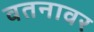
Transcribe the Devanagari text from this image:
वतनावर